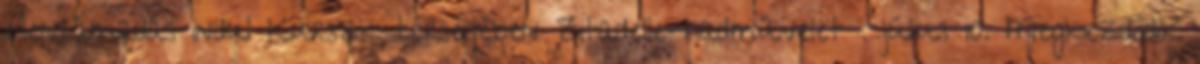
ellentámadás indul Kurszk térségében Zitadelle-hadmûvelet . július 10. Megkezdõdik